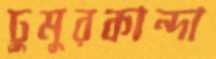
ঢুমুরকান্দা